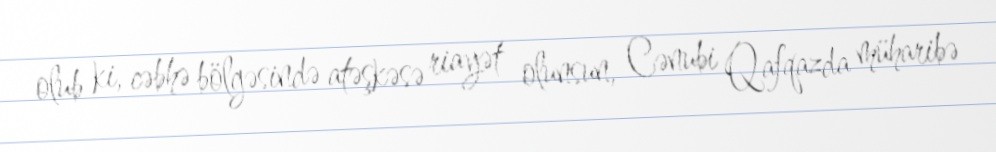
olub ki, cəbhə bölgəsində atəşkəsə riayət olunsun, Cənubi Qafqazda müharibə